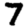
Digit: 7